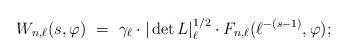
LaTeX: \begin{align*}W_{n,\ell}(s, \varphi) \ = \ \gamma_{\ell} \cdot |\det L|_{\ell}^{1/2} \cdot F_{n,\ell}(\ell^{-(s-1)}, \varphi);\end{align*}